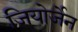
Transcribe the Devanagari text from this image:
जियोर्जेन